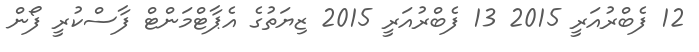
12 ފެބްރުއަރީ 2015 13 ފެބްރުއަރީ 2015 ޒިޔަތުގެ އެޕާޓްމަންޓް ފާސްކުރީ ފޯން